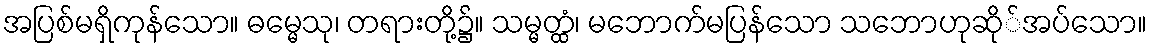
အပြစ်မရှိကုန်သော။ ဓမ္မေသု၊ တရားတို့၌။ သမ္မတ္ထံ၊ မဘောက်မပြန်သော သဘောဟုဆို်အပ်သော။